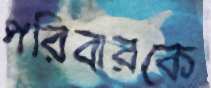
পরিবারকে